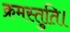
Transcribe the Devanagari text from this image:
क्रमस्तुति।